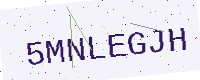
Text: 5MNLEGJH